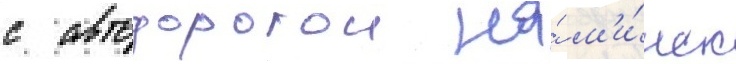
с автодорогои на́ м'и́нск